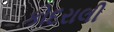
કોદરાલી